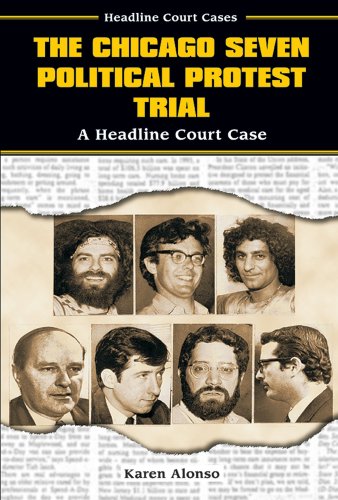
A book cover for The Chicago Seven Political Protest Trial: A Headline Court Case (Headline Court Cases); Karen Alonso; Teen & Young Adult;